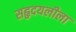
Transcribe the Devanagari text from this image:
सहृदयलीला